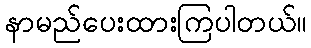
နာမည်ပေးထားကြပါတယ်။